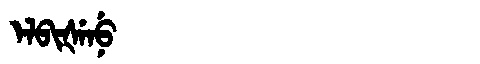
Manchu: ᡝᠯᠪᡳᡧᡝᠨᡠ
Romanization: ELBIŠENU